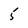
Character: 5